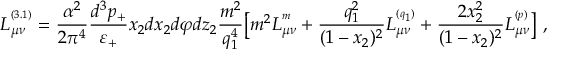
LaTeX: L _ { \mu \nu } ^ { ^ { ( 3 . 1 ) } } = \frac { \alpha ^ { 2 } } { 2 \pi ^ { 4 } } \frac { d ^ { 3 } p _ { + } } { \varepsilon _ { + } } x _ { 2 } d x _ { 2 } d \varphi d z _ { 2 } \frac { m ^ { 2 } } { q _ { 1 } ^ { 4 } } \bigl [ m ^ { 2 } L _ { \mu \nu } ^ { ^ { m } } + \frac { q _ { 1 } ^ { 2 } } { ( 1 - x _ { 2 } ) ^ { 2 } } L _ { \mu \nu } ^ { ^ { ( q _ { 1 } ) } } + \frac { 2 x _ { 2 } ^ { 2 } } { ( 1 - x _ { 2 } ) ^ { 2 } } L _ { \mu \nu } ^ { ^ { ( p ) } } \bigr ] \ ,